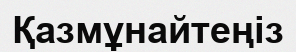
Қазмұнайтеңіз